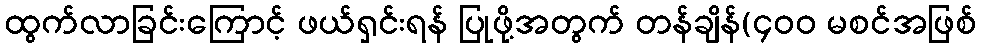
ထွက်လာခြင်းကြောင့် ဖယ်ရှင်းရန် ပြုဖို့အတွက် တန်ချိန်(၄၀၀ မစင်အဖြစ်